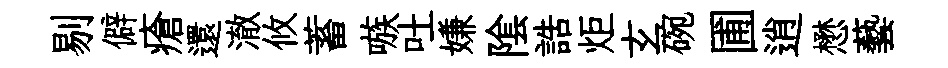
剔僻瘡還澈攸蓄嗾吐嫌隂誥炬𤣥碗圃逍懋藝